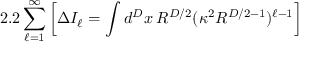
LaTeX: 2 . 2 \sum _ { \ell = 1 } ^ { \infty } \left[ \Delta I _ { \ell } = \int d ^ { D } x \: R ^ { D / 2 } ( \kappa ^ { 2 } R ^ { D / 2 - 1 } ) ^ { \ell - 1 } \right]